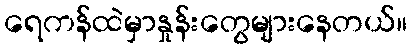
ရေကန်ထဲမှာနှုန်းတွေများနေတယ်။